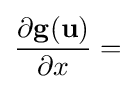
{\frac {\partial \mathbf {g} (\mathbf {u} )}{\partial x}}=